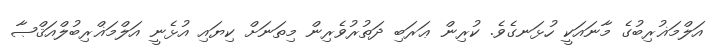
އަލްމަޣުރިބުގެ މާނައަކީ ހުޅަނގެވެ. ކުރިން ޢަރަބި ދަތުރުވެރިން މިތަނަށް ކިޔައި އުޅެނީ އަލްމަޣްރިބުލްއަޤްޞާ